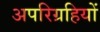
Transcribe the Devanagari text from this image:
अपरिग्रहियों